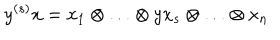
LaTeX: y ^ { ( s ) } x = x _ { 1 } \otimes \ldots \otimes y x _ { s } \otimes \ldots \otimes x _ { n }